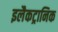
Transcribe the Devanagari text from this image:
इलैकट्रानिक